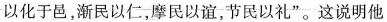
以化于邑，渐民以仁，摩民以谊，节民以礼”。这说明他